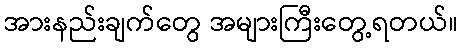
အားနည်းချက်တွေ အများကြီးတွေ့ရတယ်။